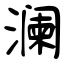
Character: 澜